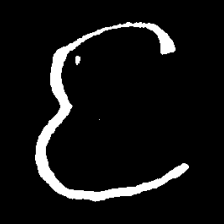
Pyu character \u2014 Myanmar letter: င (romanized: nga)